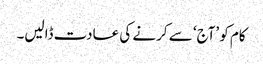
کام کو ’آج‘ سے کرنے کی عادت ڈالیں۔